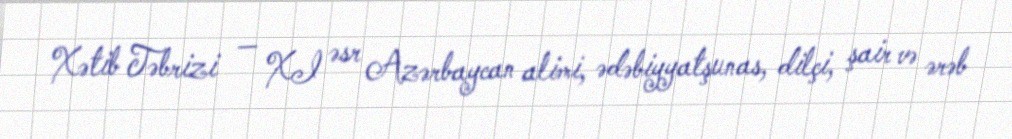
Xətib Təbrizi — XI əsr Azərbaycan alimi, ədəbiyyatşunas, dilçi, şair və ərəb